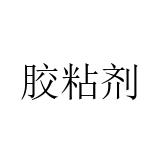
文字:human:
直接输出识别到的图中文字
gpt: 胶粘剂